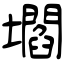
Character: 壛